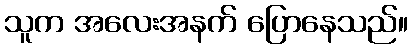
သူက အလေးအနက် ပြောနေသည်။